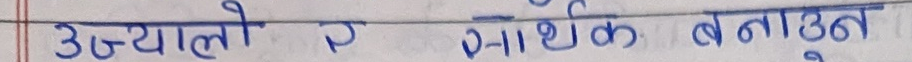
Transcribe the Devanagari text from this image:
उज्यालो र आर्थिक बनाउन